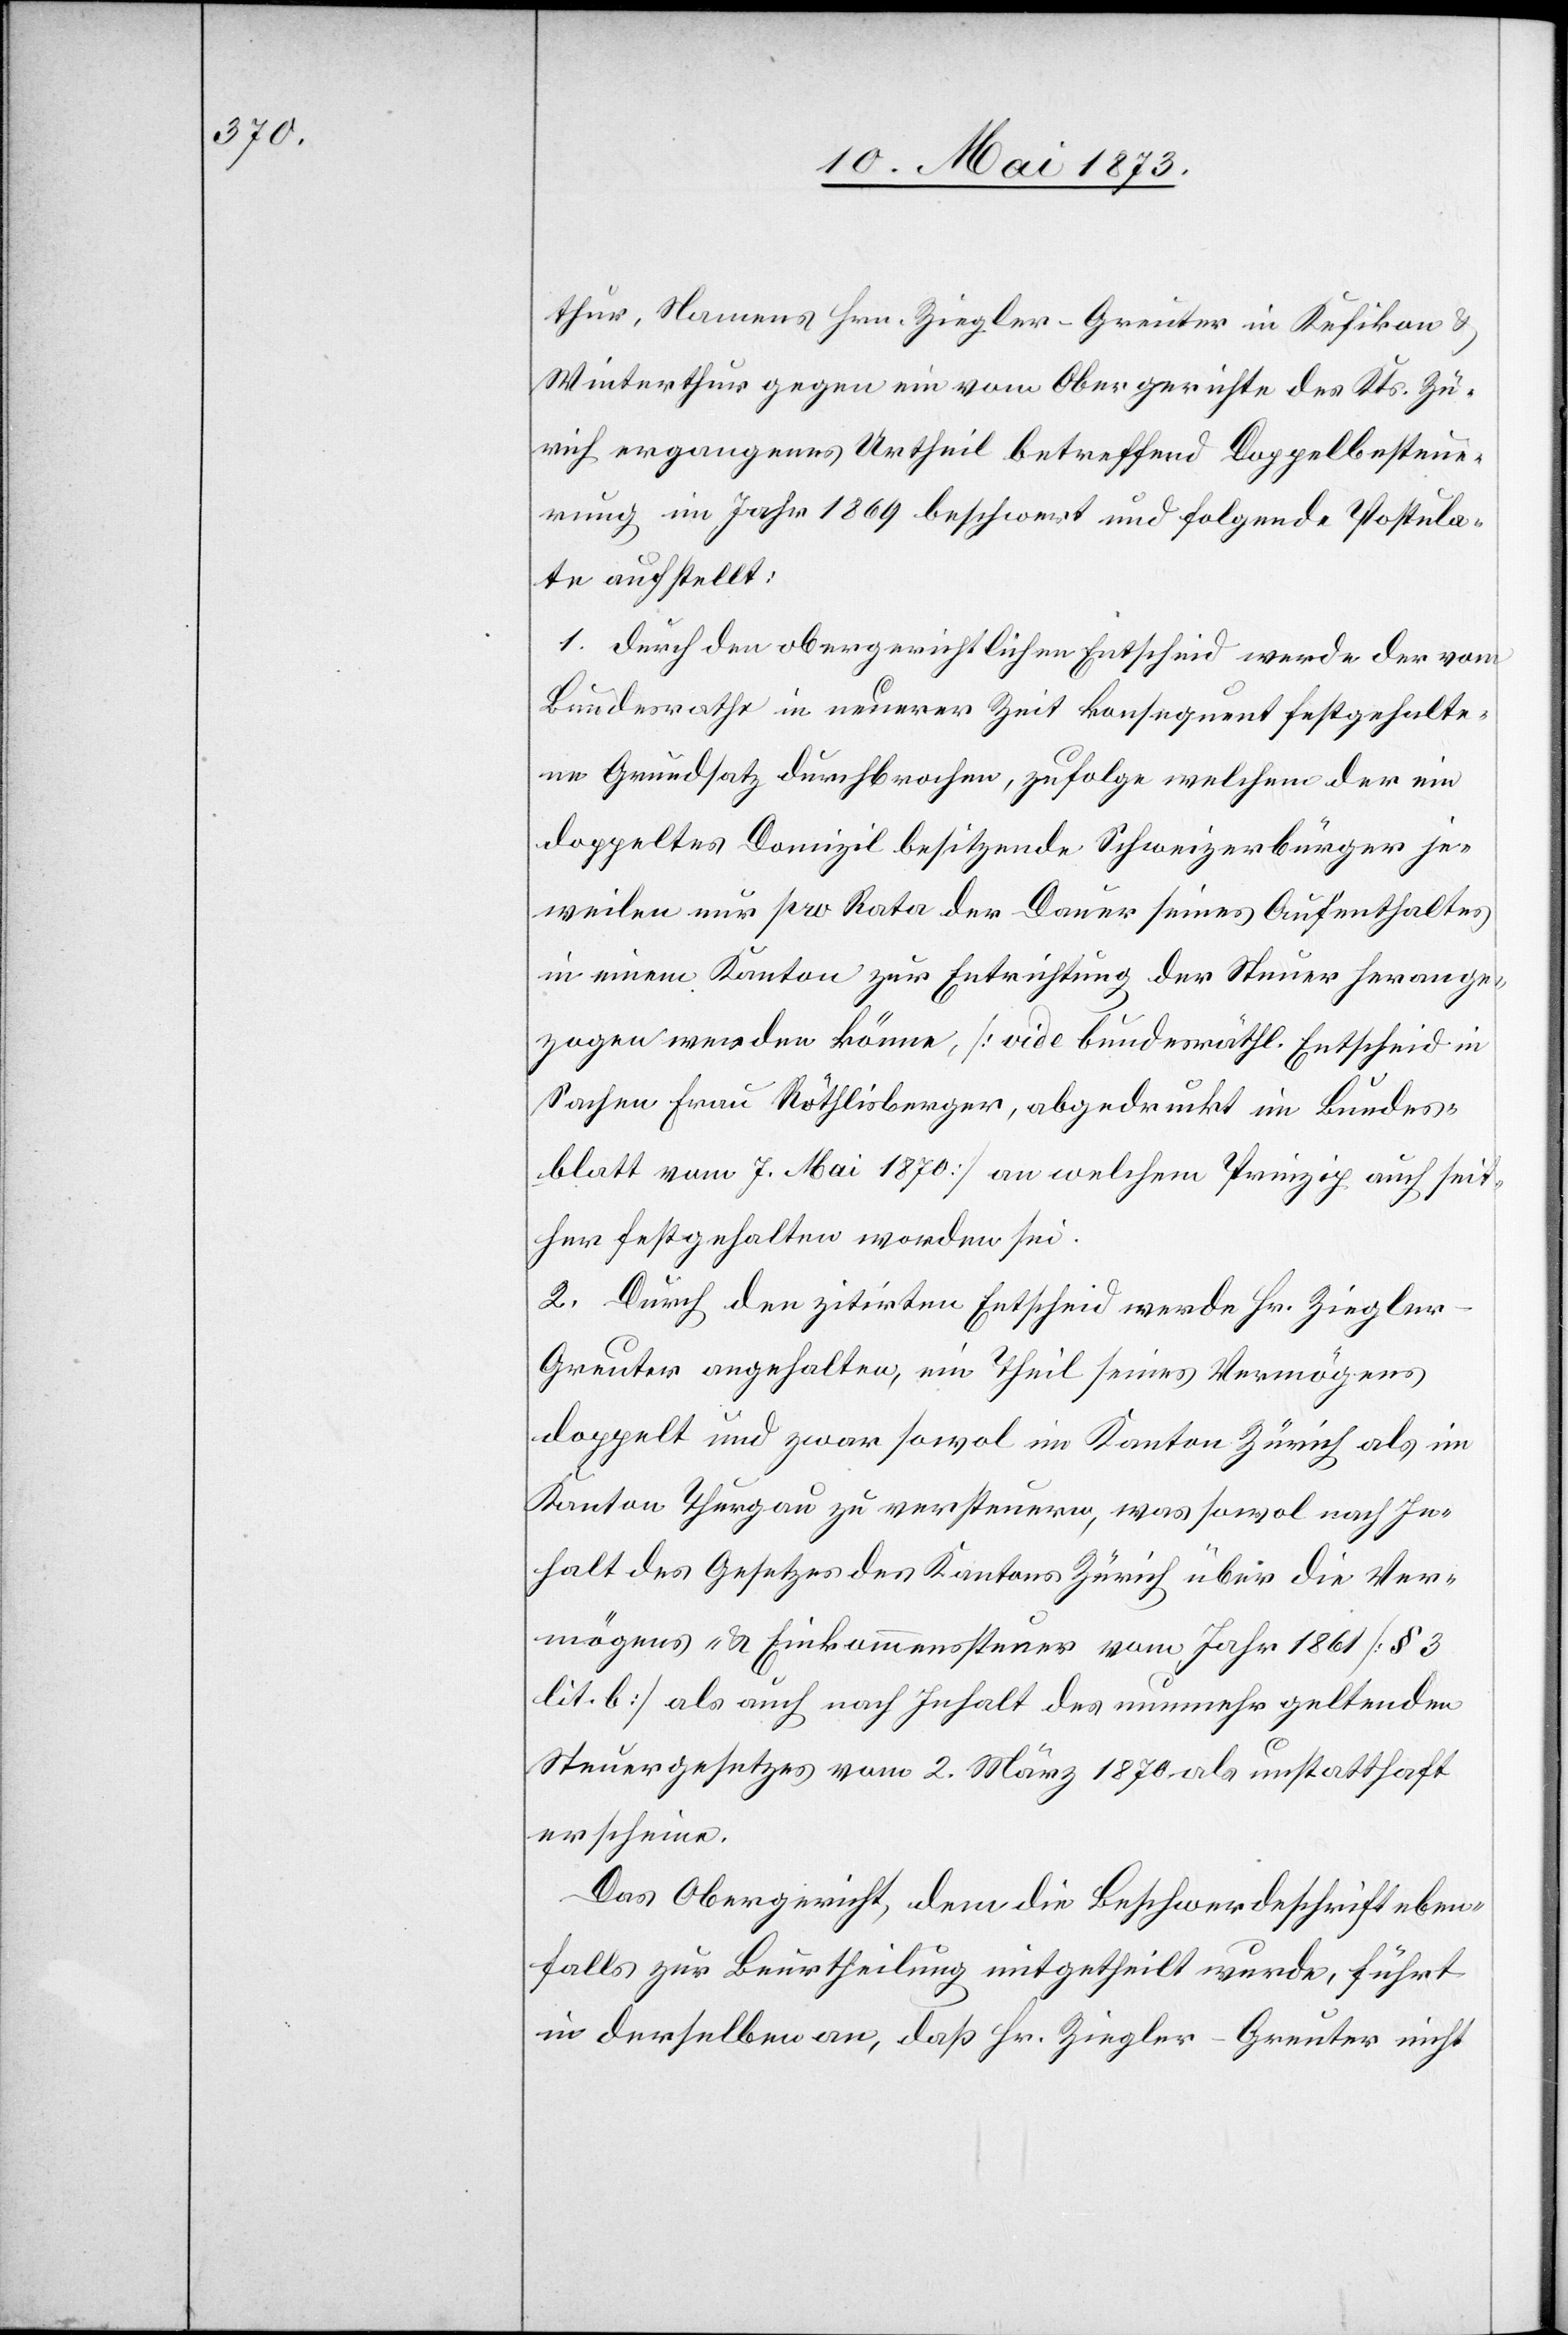
thur, Namens Hrn. Ziegler-Greuter in Kefikon &
Winterthur gegen ein vom Obergerichte des Kts. Zü¬
rich ergangenes Urtheil betreffend Doppelbesteue¬
rung im Jahr 1869 beschwert und folgende Postula¬
te aufstellt:
1. durch den obergerichtlichen Entscheid werde der vom
Bundesrathe in neuerer Zeit konsequent festgehalte¬
ne Grundsatz durchbrochen, zufolge welchem der ein
doppeltes Domizil besitzende Schweizerbürger je¬
weilen nur pro Rata der Dauer seiner Aufenthaltes
in einem Kanton zur Entrichtung der Steuer herange¬
zogen werden könne, [vide bundesräthl. Entscheid in
Sachen Frau Röthlisberger, abgedruckt im Bundes¬
blatt vom 7. Mai 1870] an welchem Prinzip auch seit¬
her festgehalten worden sei.
2. Durch den zitirten Entscheid werde Hr. Ziegle¬
r-Greuter angehalten, ein Theil seines Vermögens
doppelt und zwar sowol im Kanton Zürich als im
Kanton Thurgau zu versteuern, was sowol nach In¬
halt des Gesetzes des Kantons Zürich über die Ver¬
mögens- & Einkommenssteuer vom Jahr 1861 [§ 3
lit. b] als auch nach Inhalt des nunmehr geltenden
Steuergesetzes vom 2. März 1879 als unstatthaft
erscheine.
Das Obergericht, dem die Beschwerdeschrift eben¬
falls zur Beurtheilung mitgetheilt wurde, führt
in derselben an, daß Hr. Ziegler-Greuter nicht